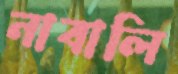
নাবালি